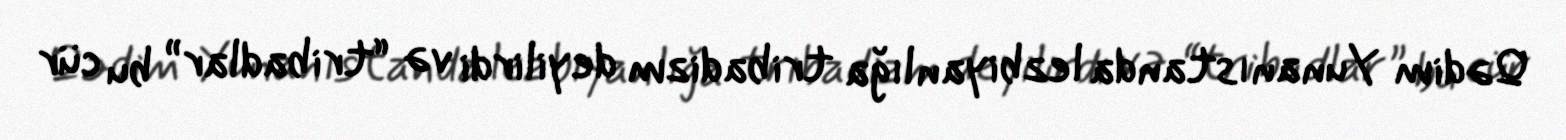
Qədim Yunanıstanda lezbiyanlığa tribadizm deyilirdi və “tribadlar” bu cür